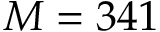
M = 3 4 1